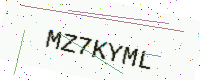
Text: MZ7KYML